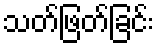
သတ်ဖြတ်ခြင်း